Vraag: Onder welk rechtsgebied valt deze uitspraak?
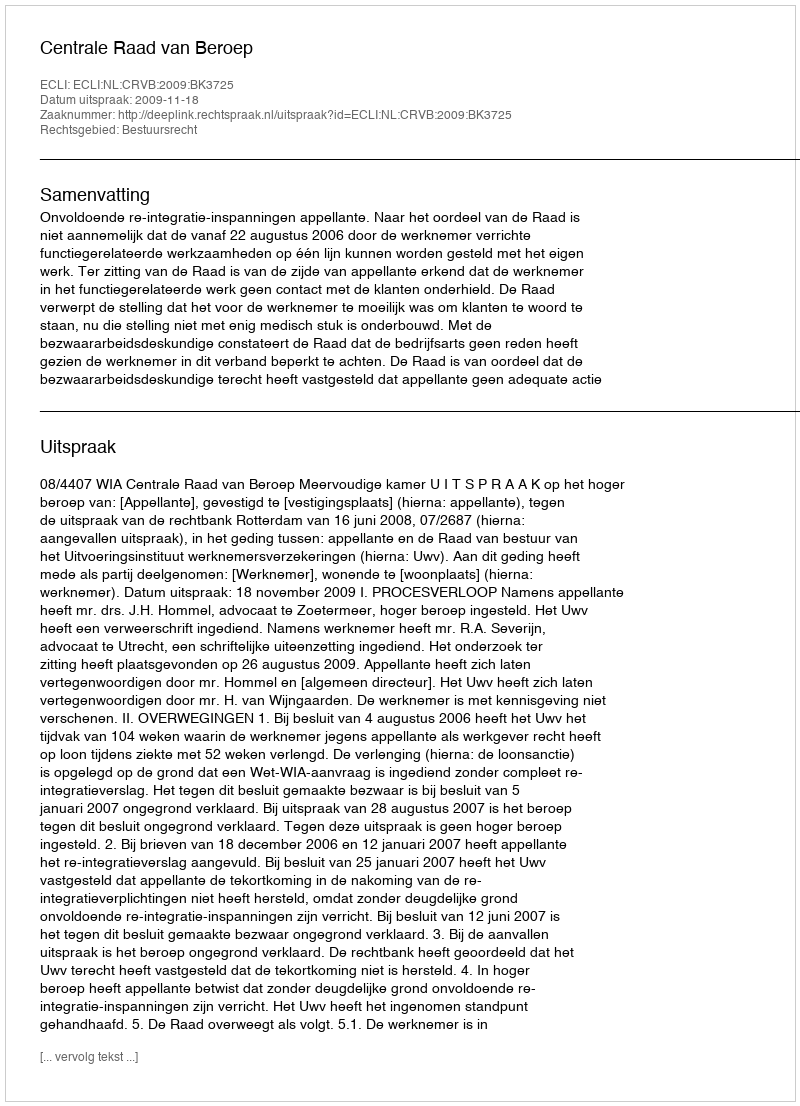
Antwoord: Bestuursrecht